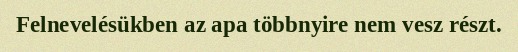
Felnevelésükben az apa többnyire nem vesz részt.